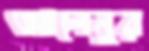
আলেনুর